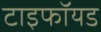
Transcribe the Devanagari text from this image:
टाइफॉयड